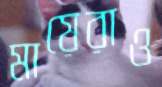
মায়েরাও